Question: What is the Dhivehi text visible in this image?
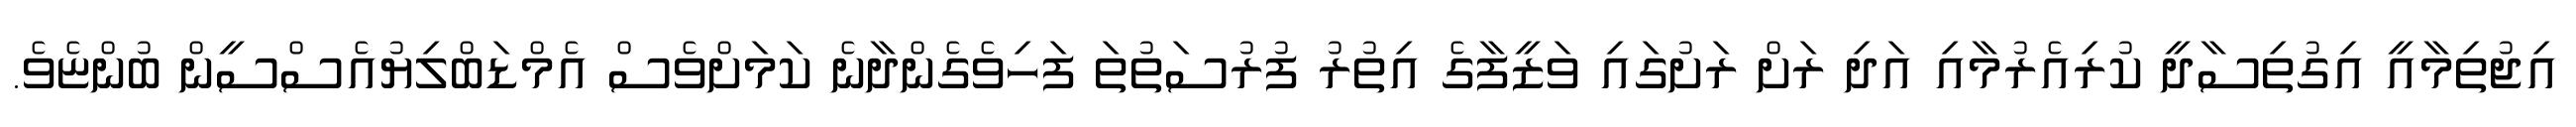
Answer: އިޖުތިމާއީ އިގުތިސާދީ ކުރިއެރުމާއި އަދި ރަށް ރަށުގައި ވަޒީފާގެ އިތުރު ފުރުސަތުތަ ފަހިވެގެންދާނެ ކަމަށްވެސް އެމްޑަބްލިޔުއެސްސީން ބުންޏެވެ.